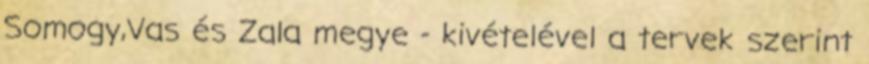
Somogy,Vas és Zala megye - kivételével a tervek szerint